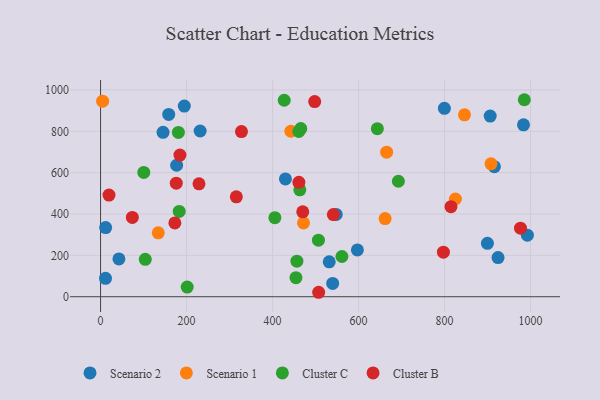
{"axis": {"x": "Engine Size", "y": "Yield"}, "legend": ["Cluster B", "Cluster C", "Scenario 1", "Scenario 2"], "data": [{"x": "597.3", "y": 226.4, "type": "Scenario 2"}, {"x": "899.7", "y": 258.4, "type": "Scenario 2"}, {"x": "42.7", "y": 182.9, "type": "Scenario 2"}, {"x": "983.6", "y": 831.5, "type": "Scenario 2"}, {"x": "145.3", "y": 795.0, "type": "Scenario 2"}, {"x": "11.5", "y": 88.8, "type": "Scenario 2"}, {"x": "924.4", "y": 189.5, "type": "Scenario 2"}, {"x": "915.9", "y": 629.1, "type": "Scenario 2"}, {"x": "906.1", "y": 873.8, "type": "Scenario 2"}, {"x": "799.6", "y": 911.2, "type": "Scenario 2"}, {"x": "429.9", "y": 569.7, "type": "Scenario 2"}, {"x": "539.8", "y": 64.3, "type": "Scenario 2"}, {"x": "231.6", "y": 801.6, "type": "Scenario 2"}, {"x": "531.8", "y": 168.7, "type": "Scenario 2"}, {"x": "992.6", "y": 297.6, "type": "Scenario 2"}, {"x": "11.8", "y": 334.2, "type": "Scenario 2"}, {"x": "158.5", "y": 881.5, "type": "Scenario 2"}, {"x": "548.0", "y": 398.0, "type": "Scenario 2"}, {"x": "176.9", "y": 635.9, "type": "Scenario 2"}, {"x": "194.8", "y": 921.9, "type": "Scenario 2"}, {"x": "661.7", "y": 378.1, "type": "Scenario 1"}, {"x": "846.4", "y": 879.9, "type": "Scenario 1"}, {"x": "665.3", "y": 699.3, "type": "Scenario 1"}, {"x": "825.2", "y": 472.6, "type": "Scenario 1"}, {"x": "134.2", "y": 309.1, "type": "Scenario 1"}, {"x": "472.0", "y": 356.7, "type": "Scenario 1"}, {"x": "442.5", "y": 800.4, "type": "Scenario 1"}, {"x": "4.8", "y": 945.6, "type": "Scenario 1"}, {"x": "908.0", "y": 642.9, "type": "Scenario 1"}, {"x": "100.5", "y": 601.1, "type": "Cluster C"}, {"x": "461.1", "y": 799.2, "type": "Cluster C"}, {"x": "692.6", "y": 558.6, "type": "Cluster C"}, {"x": "104.0", "y": 180.9, "type": "Cluster C"}, {"x": "506.7", "y": 273.3, "type": "Cluster C"}, {"x": "405.4", "y": 382.3, "type": "Cluster C"}, {"x": "465.6", "y": 813.3, "type": "Cluster C"}, {"x": "643.7", "y": 812.6, "type": "Cluster C"}, {"x": "561.3", "y": 194.5, "type": "Cluster C"}, {"x": "454.4", "y": 92.0, "type": "Cluster C"}, {"x": "181.0", "y": 794.5, "type": "Cluster C"}, {"x": "201.5", "y": 46.8, "type": "Cluster C"}, {"x": "427.1", "y": 950.2, "type": "Cluster C"}, {"x": "985.5", "y": 952.8, "type": "Cluster C"}, {"x": "182.9", "y": 412.4, "type": "Cluster C"}, {"x": "463.4", "y": 517.1, "type": "Cluster C"}, {"x": "456.6", "y": 172.1, "type": "Cluster C"}, {"x": "797.3", "y": 215.6, "type": "Cluster B"}, {"x": "470.2", "y": 410.8, "type": "Cluster B"}, {"x": "184.6", "y": 684.9, "type": "Cluster B"}, {"x": "73.9", "y": 383.3, "type": "Cluster B"}, {"x": "461.2", "y": 553.5, "type": "Cluster B"}, {"x": "315.7", "y": 483.4, "type": "Cluster B"}, {"x": "976.6", "y": 331.5, "type": "Cluster B"}, {"x": "814.9", "y": 435.7, "type": "Cluster B"}, {"x": "507.2", "y": 21.5, "type": "Cluster B"}, {"x": "498.0", "y": 943.9, "type": "Cluster B"}, {"x": "541.4", "y": 397.4, "type": "Cluster B"}, {"x": "228.9", "y": 546.0, "type": "Cluster B"}, {"x": "176.1", "y": 549.2, "type": "Cluster B"}, {"x": "19.6", "y": 491.4, "type": "Cluster B"}, {"x": "327.7", "y": 798.7, "type": "Cluster B"}, {"x": "172.8", "y": 356.8, "type": "Cluster B"}]}